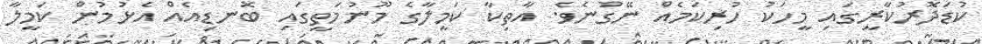
ކުޑަދޮރުކާރީގައި މީހަކު ހުރިކަމެއް ނޭގުނެވެ. އާތިކާ ކަމީލާގެ މޫނުމަތީގައި ބޮނޑިއެއް އެޅުމުން ކަމީލާ